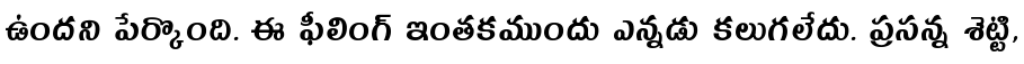
ఉందని పేర్కొంది. ఈ ఫీలింగ్ ఇంతకముందు ఎన్నడు కలుగలేదు. ప్రసన్న శెట్టి,